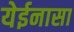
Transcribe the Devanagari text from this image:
येईनासा